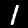
Digit: 1